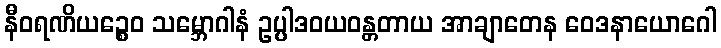
နီဝရဏိယဉ္စေဝ သမ္ဘောဂါနံ ဥပ္ပါဒဝယဝန္တတာယ အာချာတေန ဝေဒနာယောဂေါ